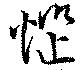
惱